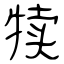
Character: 犊